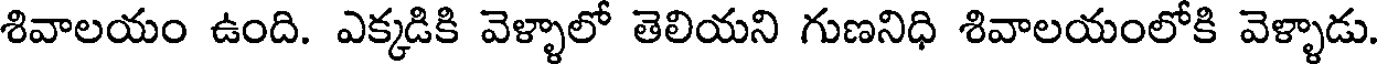
శివాలయం ఉంది. ఎక్కడికి వెళ్ళాలో తెలియని గుణనిధి శివాలయంలోకి వెళ్ళాడు.